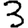
Digit: 3